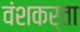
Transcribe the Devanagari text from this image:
वंशकर्ता